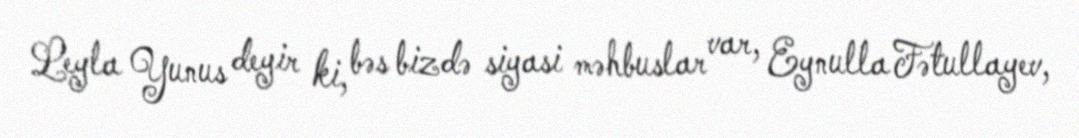
Leyla Yunus deyir ki, bəs bizdə siyasi məhbuslar var, Eynulla Fətullayev,